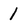
Character: 1